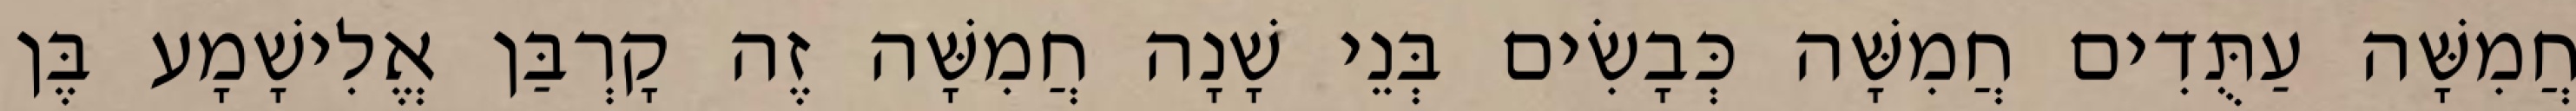
חֲמִשָּׁה עַתֻּדִים חֲמִשָּׁה כְּבָשִׂים בְּנֵי שָׁנָה חֲמִשָּׁה זֶה קָרְבַּן אֱלִישָׁמָע בֶּן